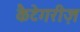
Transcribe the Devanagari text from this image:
कैटेगरीज़